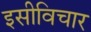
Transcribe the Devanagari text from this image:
इसीविचार